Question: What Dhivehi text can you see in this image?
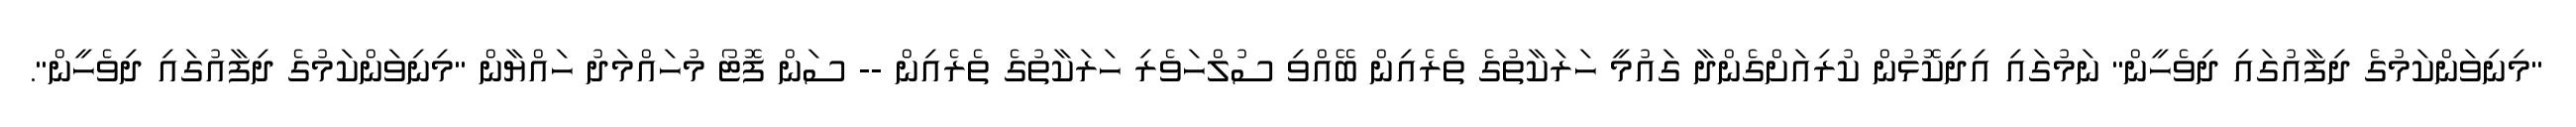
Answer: "މިނިވަންކަމުގެ ދިފާއުގައި ދިވެހީން" ނަމުގައި އިދިކޮޅުން ކުރިއަށްގެންދާ ގައުމީ ހަރަކާތުގެ ތެރެއިން ބޭއްވި ސުލްހަވެރި ހަރަކާތުގެ ތެރެއިން -- ސަން ފޮޓޯ މުހައްމަދު ހައްޔާން "މިނިވަންކަމުގެ ދިފާއުގައި ދިވެހީން".